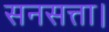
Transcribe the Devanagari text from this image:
सनसत्ता।